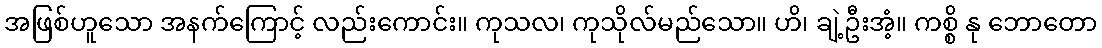
အဖြစ်ဟူသော အနက်ကြောင့် လည်းကောင်း။ ကုသလ၊ ကုသိုလ်မည်သော။ ဟိ၊ ချဲ့ဦးအံ့။ ကစ္စိ နု ဘောတော